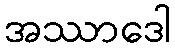
အဿာဒေါ